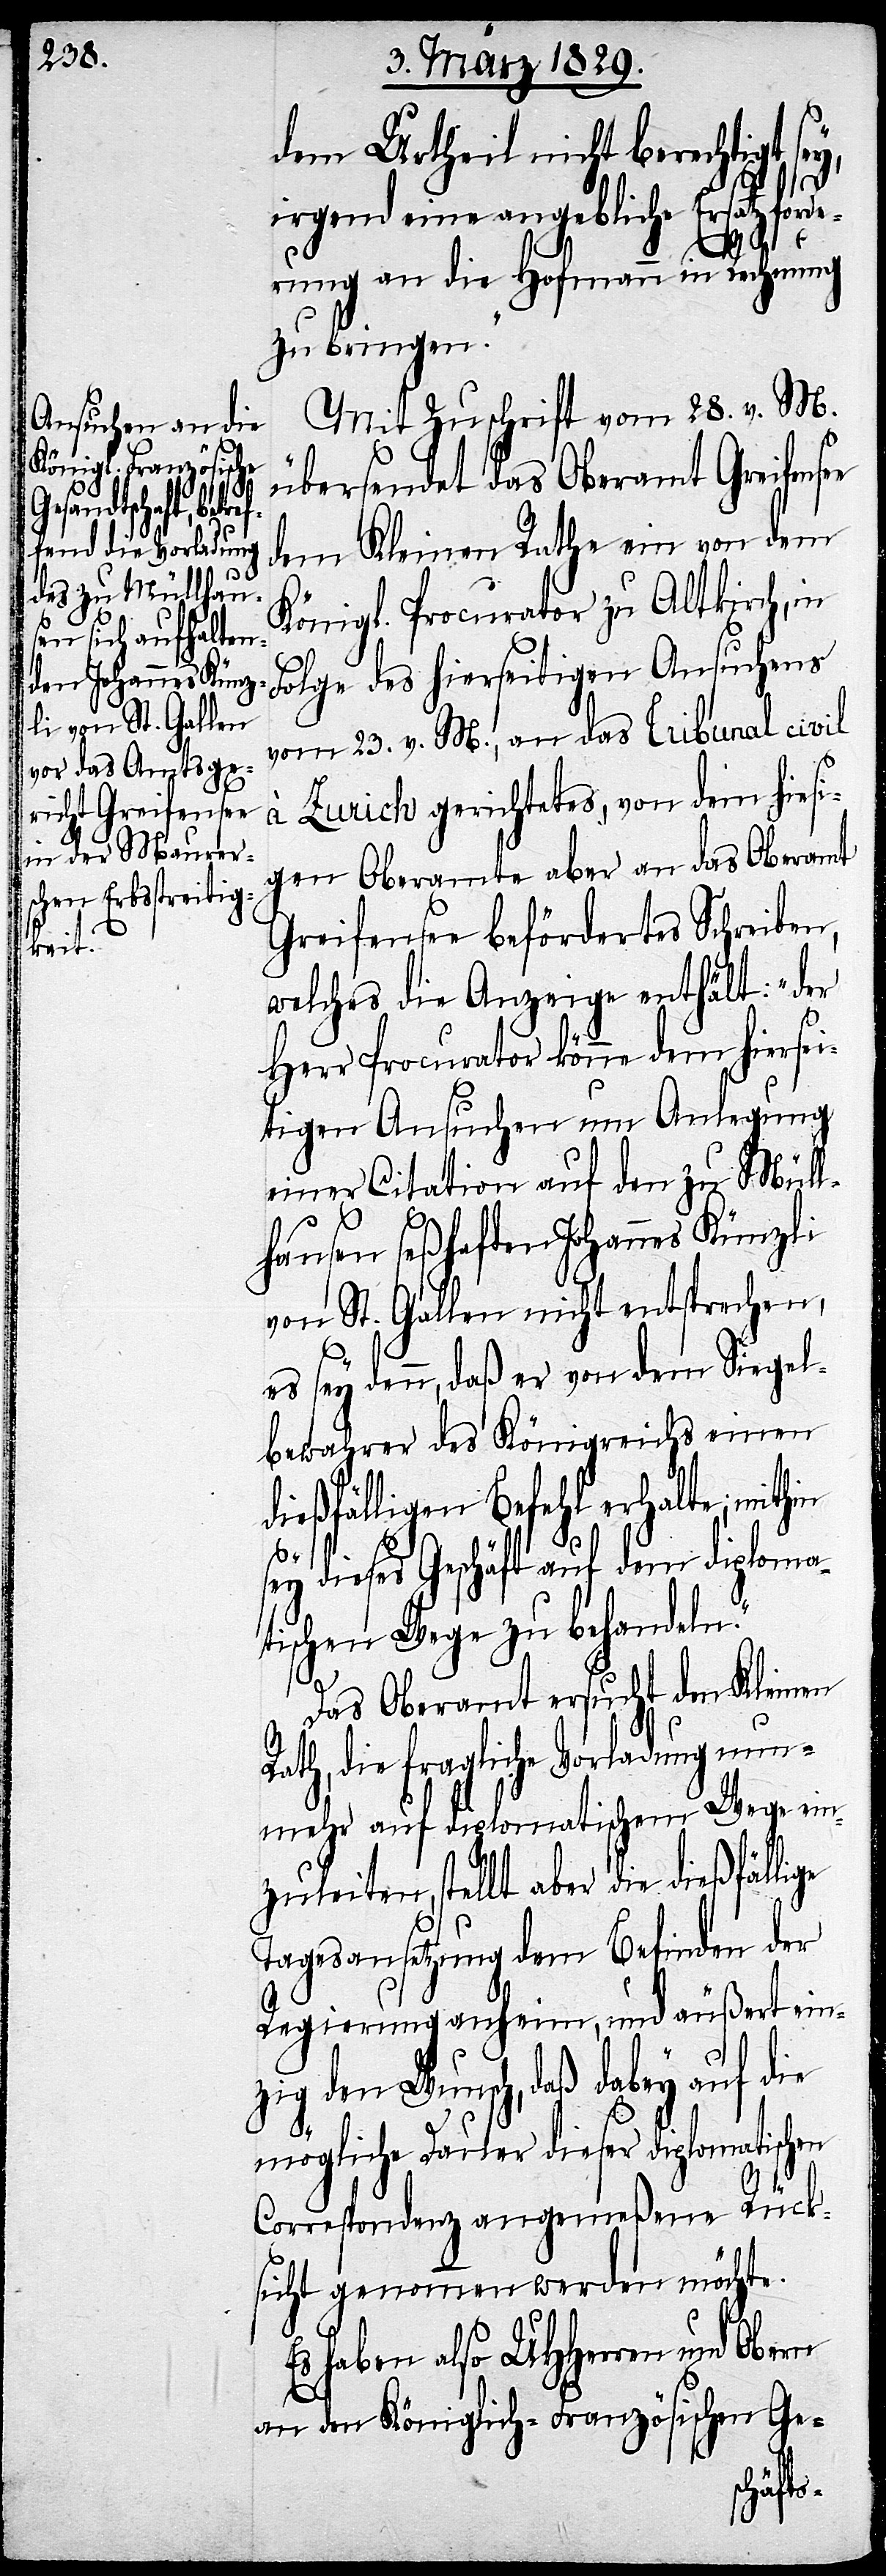
dem Urtheil nicht berechtigt se¬
y,
irgend eine angebliche Ersatzforde¬
rung an die Hofmann in Rechnung
zu bringen.“
Mit Zuschrift vom 28. v. M.
übersendet das Oberamt Greifense¬
dem Kleinen Rathe ein von dem
Königl. Procurator zu Altkirch, in
Folge des hierseitigen Ansuchens
vom 23. v. M., an das Tribunal civil
à Zurich gerichtetes, von dem hiesi¬
gen Oberamte aber an das Oberamt
Greifensee beförderte Schreiben,
welches die Anzeige enthält: „der
Herr Procurator könne dem hiersei¬
tigen Ansuchen um Anlegung
einer Citation auf den zu Müll¬
s¬
hausen seßhaften Johannes Künzli
von St. Gallen nicht entsprechen,
es sey denn, daß er von dem Siegel¬
bewahrer des Königreichs einen
ießfälligen Befehl erhalte; mithin
ey dieses Geschäft auf dem diploma¬
tischen Wege zu behandeln.“
Das Oberamt ersucht den Kleinen
th, die fragliche Vorladung nun¬
mehr auf diplomatischem Wege ein¬
zuleiten, stellt aber die dießfälli¬
Tagesansetzung dem Befinden der
Regierung anheim, und äußert ein¬
zig den Wunsch, daß dabey auf die
mögliche Dauer dieser diplomatischen
ge
Correspondenz angemeßene Rück¬
sicht genommen werden möchte.
Es haben also UHHerren und Obern
an den Königlich-Französischen Ge-